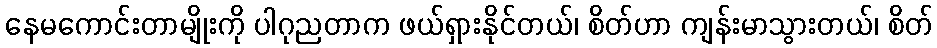
နေမကောင်းတာမျိုးကို ပါဂုညတာက ဖယ်ရှားနိုင်တယ်၊ စိတ်ဟာ ကျန်းမာသွားတယ်၊ စိတ်